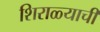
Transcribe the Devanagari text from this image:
शिराळ्याची